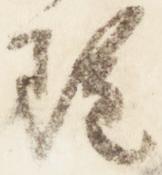
雖